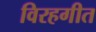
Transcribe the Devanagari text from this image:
विरहगीत